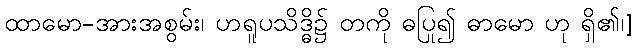
ထာမော-အားအစွမ်း၊ ဟရူပသိဒ္ဓိ၌ တကို ဓပြု၍ ဓာမော ဟု ရှိ၏၊]